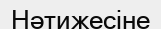
Нәтижесіне